Indian journal of veterinary science and animal husbandry - Volume 3,
Year: 1933
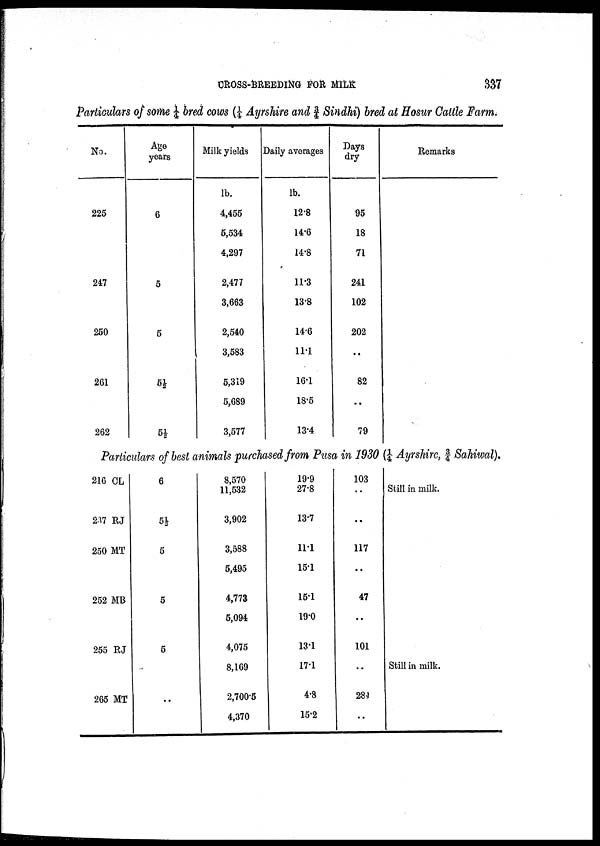
CROSS-BREEDING FOR MILK
337
Particulars of some ¼ bred cows (¼ Ayrshire and ¾ Sindhi) bred at Hosur Cattle Farm.
No.
225
247
250
261
262
Age
years
6
5
5
5½
5½
Milk yields
lb.
4,455
5,534
4,297
2,477
3,663
2,540
3,583
5,319
5,689
3,577
Daily averages
lb.
12.8
14.6
14.8
11.3
13.8
14.6
11.1
16.1
18.5
13.4
Days
dry
95
18
71
241
102
202
..
82
..
79
Remarks
Particulars of best animals purchased from Pusa in 1930 (¼ Ayrshire, ¾ Sahiwal).
216 CL
237 RJ
250 MT
252 MB
255 RJ
265 MT
6
5½
5
5
5
..
8,570
11,532
3,902
3,588
5,495
4,773
5,094
4,075
8,169
2,700.5
4,370
19.9
27.8
13.7
11.1
15.1
15.1
19.0
13.1
17.1
4.8
15.2
103
..
..
117
..
47
..
101
..
284
..
Still in milk.
Still in milk.